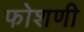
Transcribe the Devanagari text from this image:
फोशणी